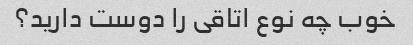
خوب چه نوع اتاقی را دوست دارید؟